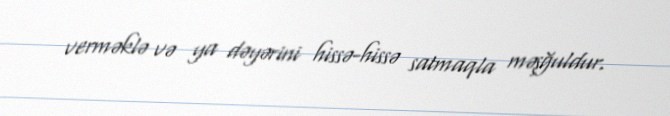
verməklə və ya dəyərini hissə-hissə satmaqla məşğuldur.